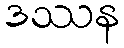
ဒဿန